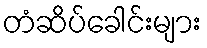
တံဆိပ်ခေါင်းများ